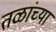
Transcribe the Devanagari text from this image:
तळांच्या